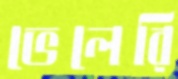
ভেলেরি